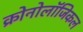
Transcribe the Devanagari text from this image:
क्रोनोलॉजिकल